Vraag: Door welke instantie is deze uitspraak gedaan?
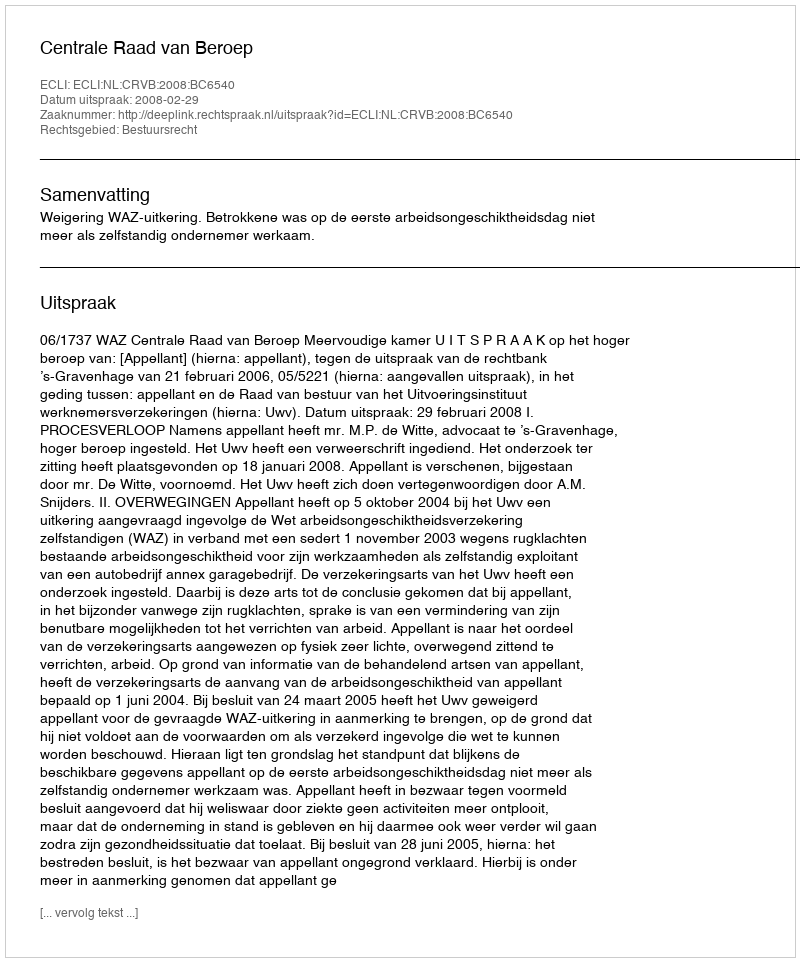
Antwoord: Centrale Raad van Beroep